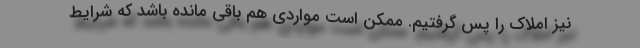
نیز املاک را پس گرفتیم. ممکن است مواردی هم باقی مانده باشد که شرایط